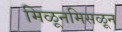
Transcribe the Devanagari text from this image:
मिळूनमिसळून